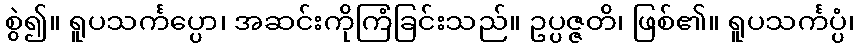
စွဲ၍။ ရူပသင်္ကပ္ပော၊ အဆင်းကိုကြံခြင်းသည်။ ဥပ္ပဇ္ဇတိ၊ ဖြစ်၏။ ရူပသင်္ကပ္ပံ၊